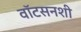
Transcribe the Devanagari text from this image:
वॉटसनशी